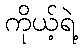
ကိုယ့်ရဲ့